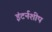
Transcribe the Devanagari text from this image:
इंटर्नशीप